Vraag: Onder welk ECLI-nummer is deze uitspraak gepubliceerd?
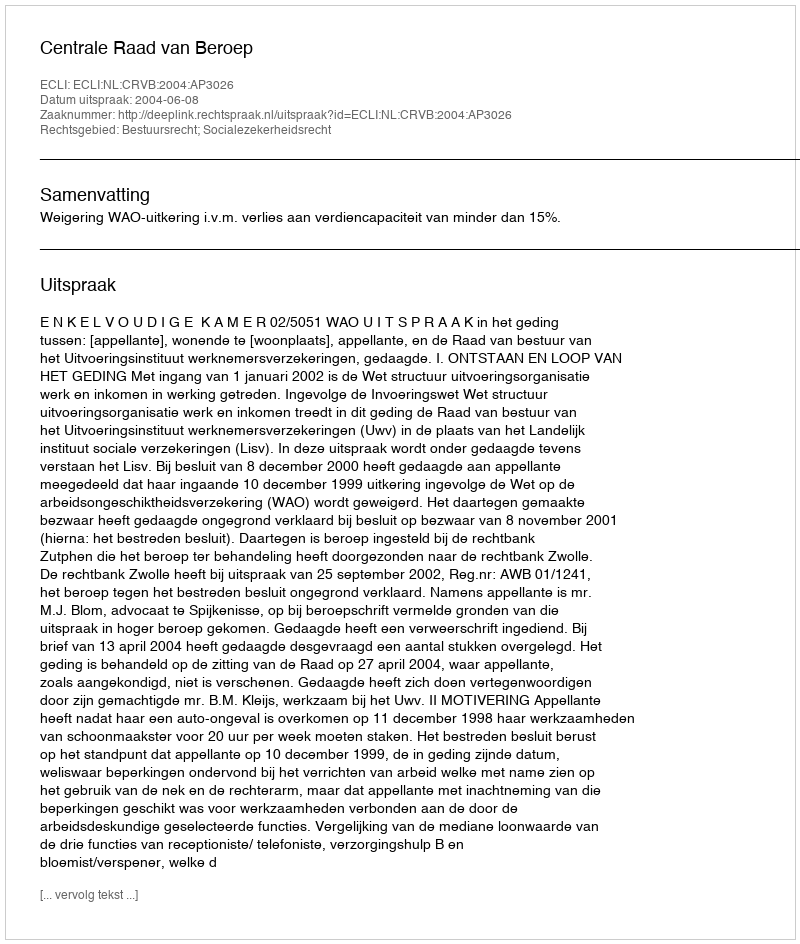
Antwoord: ECLI:NL:CRVB:2004:AP3026